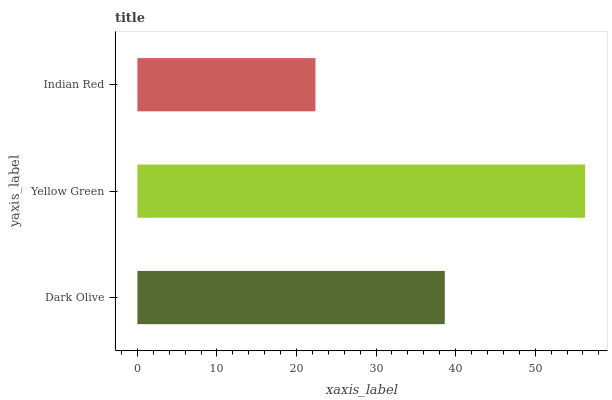
| yaxis_label | bars |
 | --- | --- |
 | Dark Olive | 38.6 |
 | Yellow Green | 56.3 |
 | Indian Red | 22.4 |